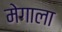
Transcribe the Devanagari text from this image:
मेगाला